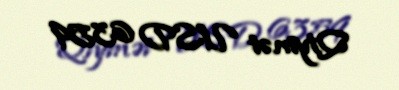
Qiymət USD 6359